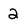
Character: 2